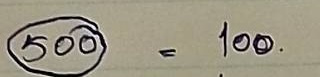
500 = 100